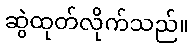
ဆွဲထုတ်လိုက်သည်။